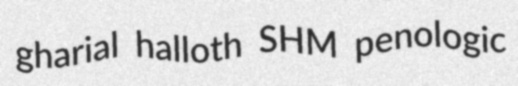
gharial halloth SHM penologic